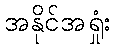
အနိုင်အရှုံး